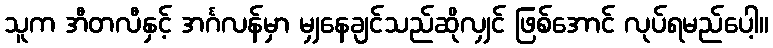
သူက အီတလီနှင့် အင်္ဂလန်မှာ မျှနေချင်သည်ဆိုလျှင် ဖြစ်အောင် လုပ်ရမည်ပေါ့။